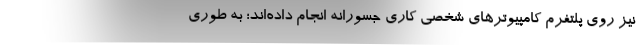
نیز روی پلتفرم کامپیوترهای شخصی کاری جسورانه انجام داده‌اند؛ به طوری‌